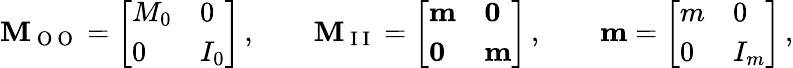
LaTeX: \mathbf{M}_{\mathrm{~O~O~}}=\left[\begin{array}{ll}{M_{0}}&{0}\\ {0}&{I_{0}}\end{array}\right]\, ,\qquad\mathbf{M}_{\mathrm{~I~I~}}=\left[\begin{array}{ll}{\mathbf{m}}&{\mathbf{0}}\\ {\mathbf{0}}&{\mathbf{m}}\end{array}\right]\, ,\qquad\mathbf{m}=\left[\begin{array}{ll}{m}&{0}\\ {0}&{I_{m}}\end{array}\right]\, ,